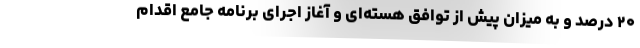
۲۰ درصد و به میزان پیش از توافق هسته‌ای و آغاز اجرای برنامه جامع اقدام